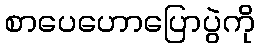
စာပေဟောပြောပွဲကို